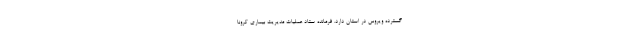
گسترده ویروس در استان دارد. فرمانده ستاد عملیات مدیریت بیماری کرونا